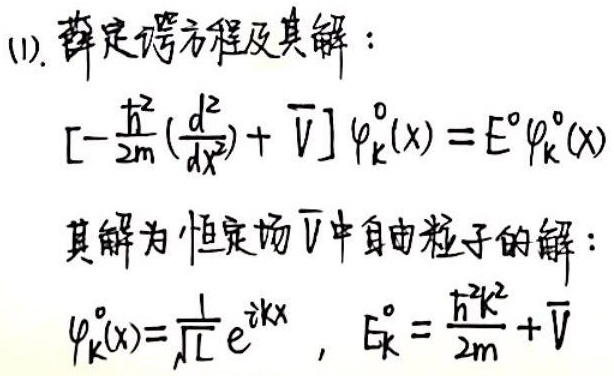
(1). 薛定谔方程及其解：
\[
\left[-\frac{\hbar^{2}}{2m}\left(\frac{d^{2}}{dx^{2}}\right) + \overline{V}\right]\varphi_{k}^{0}(x)=E^{0}\varphi_{k}^{0}(x)
\]
其解为恒定场\(\overline{V}\)中自由粒子的解：
\[
\varphi_{k}^{0}(x)=\frac{1}{\sqrt{L}}e^{ikx},\ E_{k}^{0}=\frac{\hbar^{2}k^{2}}{2m}+\overline{V}
\]